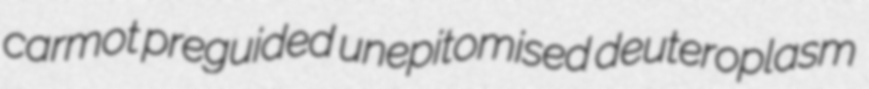
carmot preguided unepitomised deuteroplasm